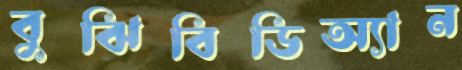
বুঝিবিডিঅ্যান